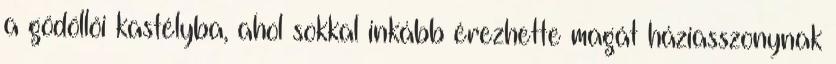
a gödöllői kastélyba, ahol sokkal inkább érezhette magát háziasszonynak